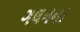
ગલનના